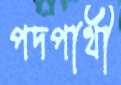
পদপার্থী